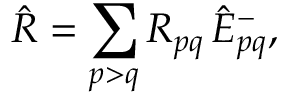
\Hat { R } = \sum _ { p > q } R _ { p q } \, \Hat { E } _ { p q } ^ { - } ,